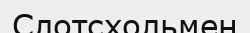
Слотсхольмен